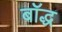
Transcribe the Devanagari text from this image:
बॉद्ध